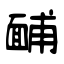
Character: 䩉